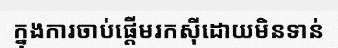
ក្នុងការចាប់ផ្តើមរកស៊ីដោយមិនទាន់